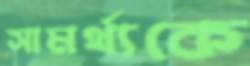
সামর্থ্যকে